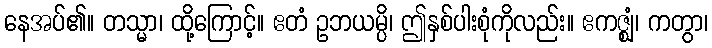
နေအပ်၏။ တသ္မာ၊ ထို့ကြောင့်။ ဧတံ ဥဘယမ္ပိ၊ ဤနှစ်ပါးစုံကိုလည်း။ ဧကဇ္ဈံ၊ ကတွာ၊